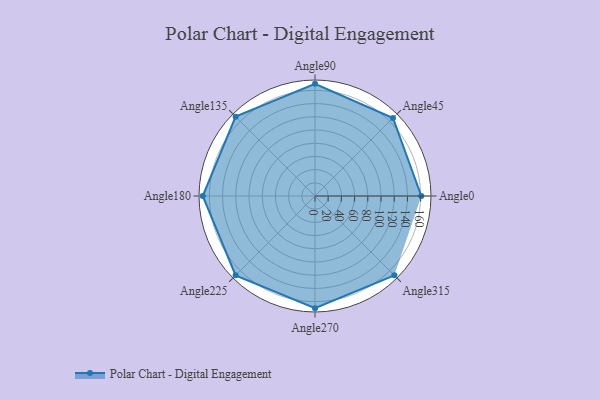
{"axis": {"x": "Angle", "y": "Radius"}, "legend": [""], "data": [{"x": "Angle0", "y": 161.0, "type": ""}, {"x": "Angle45", "y": 167.0, "type": ""}, {"x": "Angle90", "y": 170, "type": ""}, {"x": "Angle135", "y": 170, "type": ""}, {"x": "Angle180", "y": 170, "type": ""}, {"x": "Angle225", "y": 170, "type": ""}, {"x": "Angle270", "y": 170, "type": ""}, {"x": "Angle315", "y": 170, "type": ""}]}